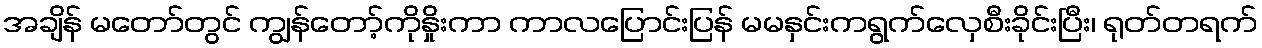
အချိန် မတော်တွင် ကျွန်တော့်ကိုနှိုးကာ ကာလပြောင်းပြန် မမနှင်းကရွက်လှေစီးခိုင်းပြီး၊ ရုတ်တရက်